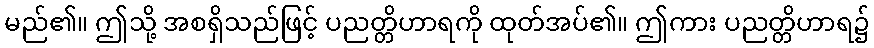
မည်၏။ ဤသို့ အစရှိသည်ဖြင့် ပညတ္တိဟာရကို ထုတ်အပ်၏။ ဤကား ပညတ္တိဟာရ၌